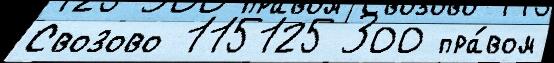
Свозово 115125 300 пра́вом